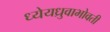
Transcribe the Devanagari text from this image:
ध्येयध्रुवाभोवती